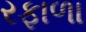
રફાળા